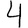
Digit: 4